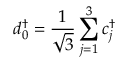
d _ { 0 } ^ { \dagger } = \frac { 1 } { \sqrt { 3 } } \sum _ { j = 1 } ^ { 3 } c _ { j } ^ { \dagger }